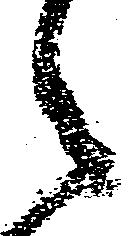
之